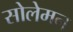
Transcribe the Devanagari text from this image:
सोलेमन